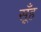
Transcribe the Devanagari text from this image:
सूँह